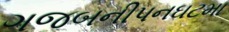
ગજબનીપનઘટમા